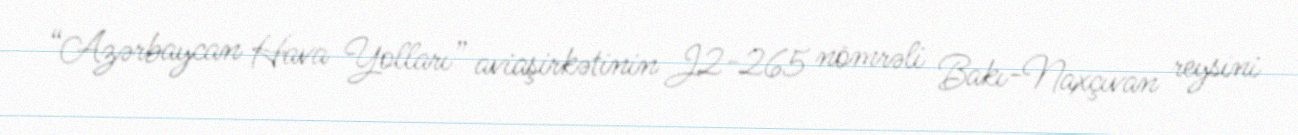
“Azərbaycan Hava Yolları” aviaşirkətinin J2-265 nömrəli Bakı-Naxçıvan reysini